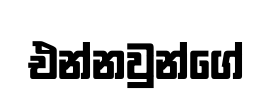
එන්නවුන්ගේ